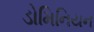
ડોમિનિયન